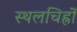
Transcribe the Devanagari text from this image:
स्थलचिह्रों